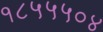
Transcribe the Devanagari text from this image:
१८५५५०४